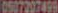
0507207499